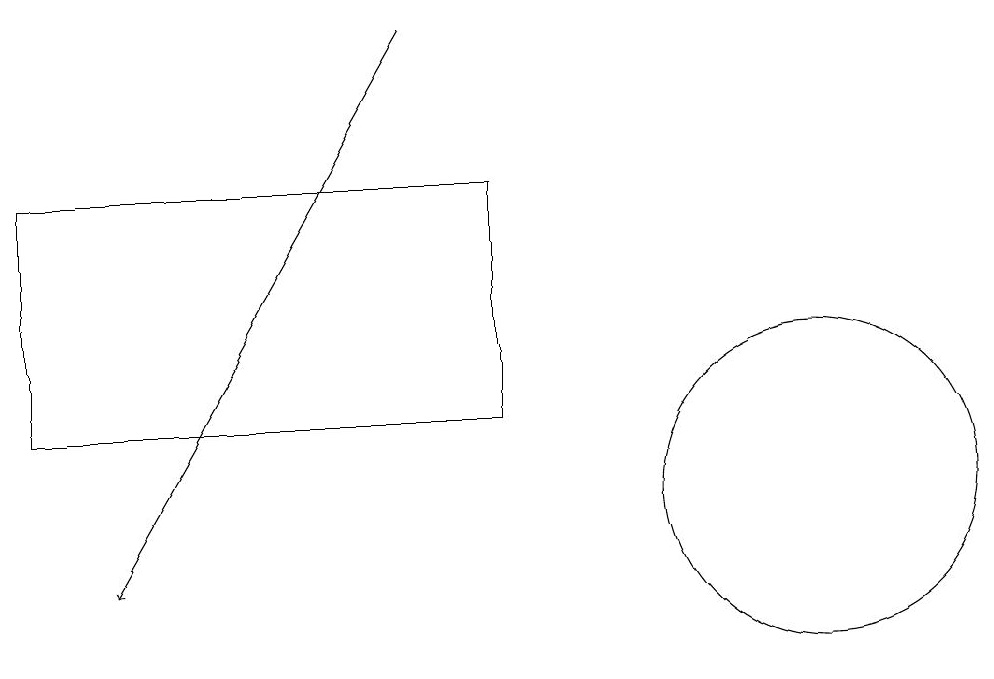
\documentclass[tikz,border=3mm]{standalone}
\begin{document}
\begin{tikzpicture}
\draw (7,16) rectangle (1,13);
\draw (11,12) circle (2);
\draw[->] (6,18) -- (2,11);
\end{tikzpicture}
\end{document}